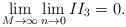
\begin{align*}\lim_{M\rightarrow\infty}\lim_{n\rightarrow 0} II_3 = 0 .\end{align*}